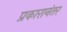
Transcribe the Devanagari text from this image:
प्रकारानंतर